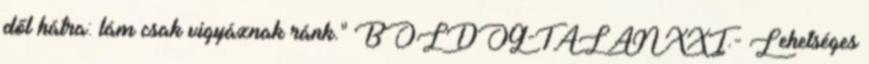
dől hátra: lám csak vigyáznak ránk." BOLDOG-TALAN XXI.- Lehetséges